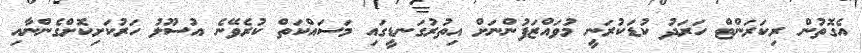
އެގޮތުން ރިކަރަންޓް ހަރަދު ކުޑަކުރަނީ މުވައްޒަފުންނަށް އިތުރުގަނޑީގައި މަސައްކަތް ކުރެވޭނެ އުސޫލު ހަރުކަށިކޮށްގެންނާއި